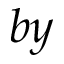
b y